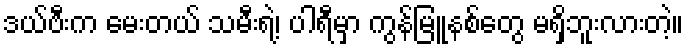
ဒယ်ဗီးက မေးတယ် သမီးရဲ့၊ ပါရီမှာ ကွန်မြူနစ်တွေ မရှိဘူးလားတဲ့။